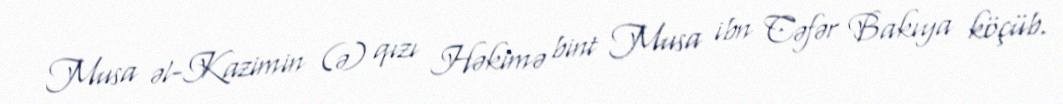
Musa əl-Kazimin (ə) qızı Həkimə bint Musa ibn Cəfər Bakıya köçüb.